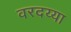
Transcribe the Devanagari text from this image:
वरदय्या